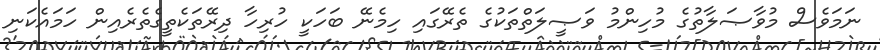
ނަމަވެސް މުވާޞަލާތުގެ މުހިންމު ވަޞީލަތްތަކުގެ ތެރޭގައި ހިމެނޭ ބަހަކީ ހުރިހާ ދިރޭތަކެތީގެތެރެއިން ހަމައެކަނި